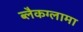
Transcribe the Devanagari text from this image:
ब्लैकग्लामा